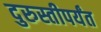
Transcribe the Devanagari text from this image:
दुरुस्तीपर्यंत